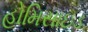
હોમિસાઇડ